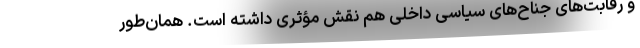
و رقابت‌های جناح‌های سیاسی داخلی هم نقش مؤثری داشته است. همان‌طور